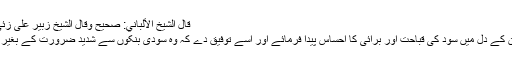
قال الشيخ الألباني: صحيح وقال الشيخ زبير على زئي: إسناده ضعيف)
اللہ تعالیٰ ہر مومن کے دل میں سود کی قباحت اور برائی کا احساس پیدا فرمائے اور اسے توفیق دے کہ وہ سودی بنکوں سے شدید ضرورت کے بغیر لین دین نہ کرے۔